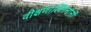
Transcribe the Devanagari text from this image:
वीक्षणालिंगनांनीं